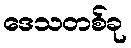
ဒေသတစ်ခု